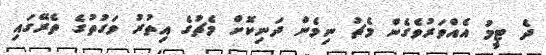
ދެ ޓީމު އެއްވަރުވެގެން މެޗު ނިމެން ދަނިކޮށް މެޗުގެ އިތުރު ވަގުތުގެ ތެރޭގައި